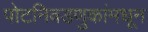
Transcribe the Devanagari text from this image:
पोटनिवडणुकांमधून